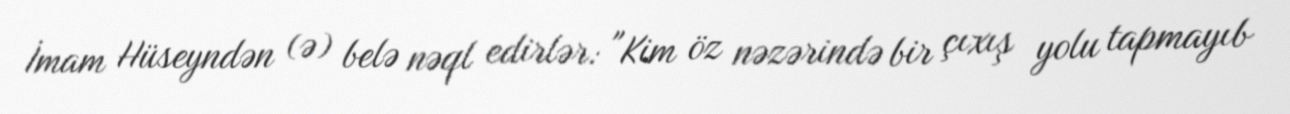
İmam Hüseyndən (ə) belə nəql edirlər: "Kim öz nəzərində bir çıxış yolu tapmayıb